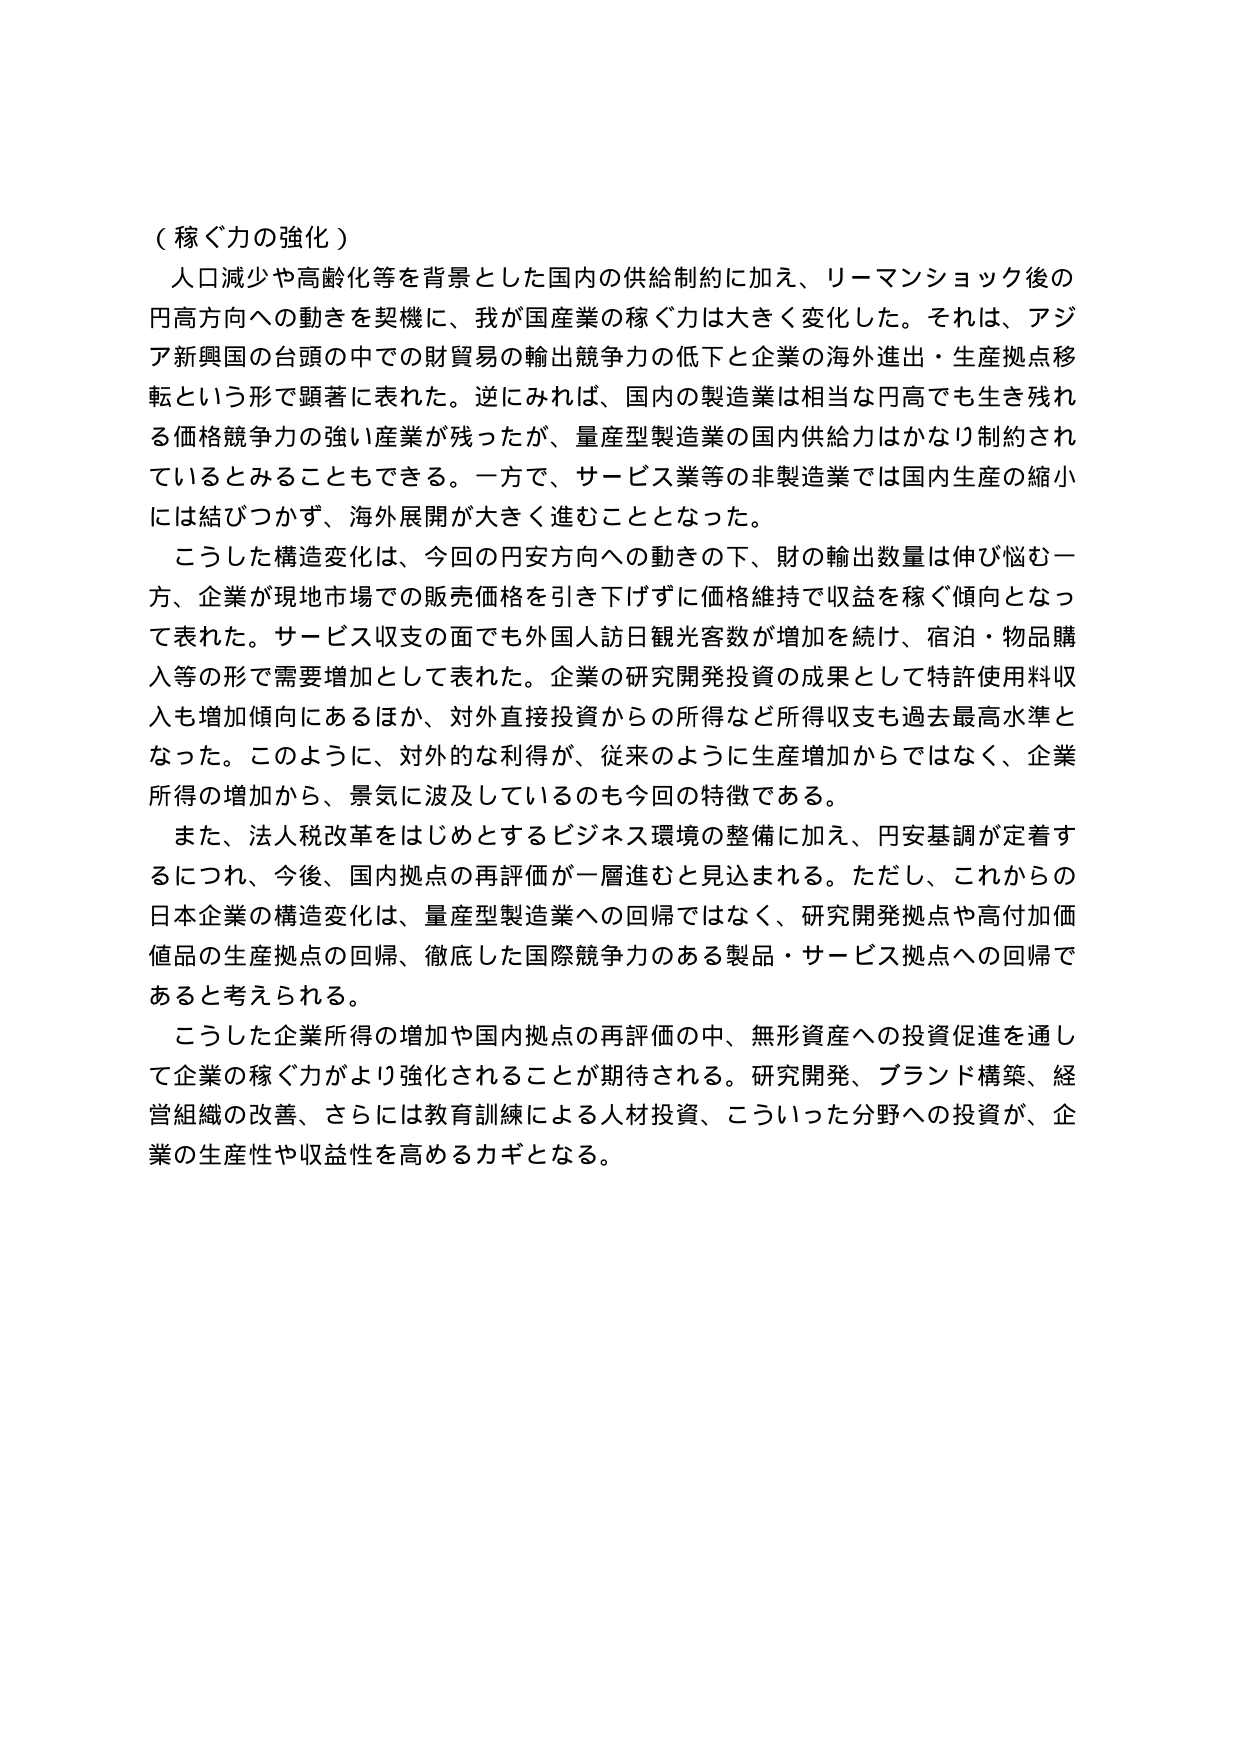
（稼ぐ力の強化）

人口減少や高齢化等を背景とした国内の供給制約に加え、リーマンショック後の円高方向への動きを契機に、我が国産業の稼ぐ力は大きく変化した。それは、アジア新興国の台頭の中での財貿易の輸出競争力の低下と企業の海外進出・生産拠点移転という形で顕著に表れた。逆にみれば、国内の製造業は相当な円高でも生き残れる価格競争力の強い産業が残ったが、量産型製造業の国内供給力はかなり制約されているとみることもできる。一方で、サービス業等の非製造業では国内生産の縮小には結びつかず、海外展開が大きく進むこととなった。

こうした構造変化は、今回の円安方向への動きの下、財の輸出数量は伸び悩む一方、企業が現地市場での販売価格を引き下げずに価格維持で収益を稼ぐ傾向となって表れた。サービス収支の面でも外国人訪日観光客数が増加を続け、宿泊・物品購入等の形で需要増加として表れた。企業の研究開発投資の成果として特許使用料収入も増加傾向にあるほか、対外直接投資からの所得など所得収支も過去最高水準となった。このように、対外的な利得が、従来のように生産増加からではなく、企業所得の増加から、景気に波及しているのも今回の特徴である。

また、法人税改革をはじめとするビジネス環境の整備に加え、円安基調が定着するにつれ、今後、国内拠点の再評価が一層進むと見込まれる。ただし、これからの日本企業の構造変化は、量産型製造業への回帰ではなく、研究開発拠点や高付加価値品の生産拠点の回帰、徹底した国際競争力のある製品・サービス拠点への回帰であると考えられる。

こうした企業所得の増加や国内拠点の再評価の中、無形資産への投資促進を通じて企業の稼ぐ力がより強化されることが期待される。研究開発、ブランド構築、経営組織の改善、さらには教育訓練による人材投資、こういった分野への投資が、企業の生産性や収益性を高めるカギとなる。